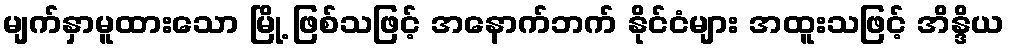
မျက်နှာမူထားသော မြို့ ဖြစ်သဖြင့် အနောက်ဘက် နိုင်ငံများ အထူးသဖြင့် အိန္ဒိယ